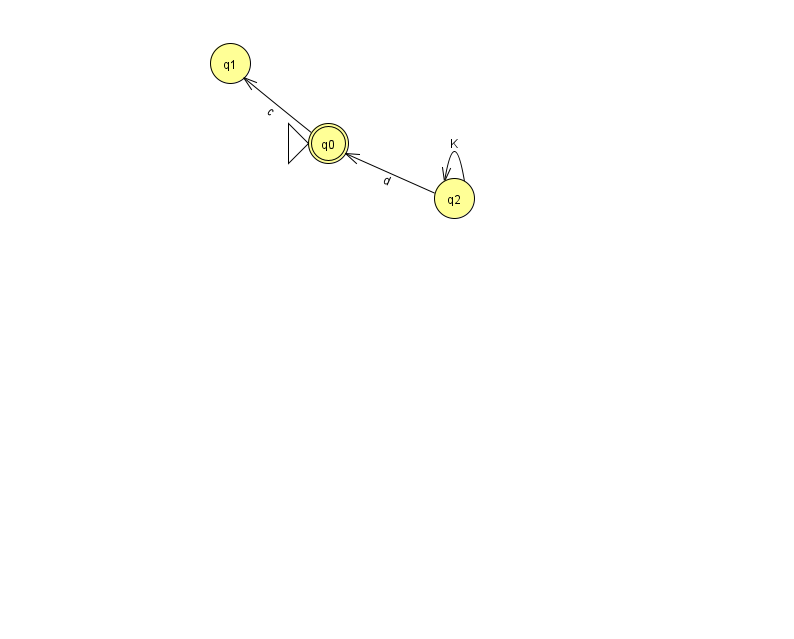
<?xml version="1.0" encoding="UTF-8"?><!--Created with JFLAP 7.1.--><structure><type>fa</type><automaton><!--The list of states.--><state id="0" name="q0"><x>328.0</x><y>130.0</y><initial/><final/></state><state id="1" name="q1"><x>230.0</x><y>50.0</y></state><state id="2" name="q2"><x>454.0</x><y>185.0</y></state><!--The list of transitions.--><transition><from>2</from><to>0</to><read>d</read></transition><transition><from>0</from><to>1</to><read>c</read></transition><transition><from>2</from><to>2</to><read>K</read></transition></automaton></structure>